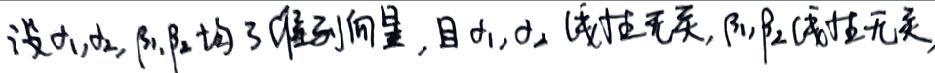
设$\alpha_1,\alpha_2,\beta_1,\beta_2$均为3维列向量，且$\alpha_1,\alpha_2$线性无关，$\beta_1,\beta_2$线性无关，